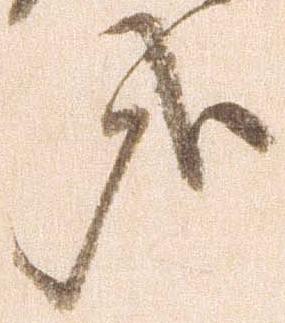
哉